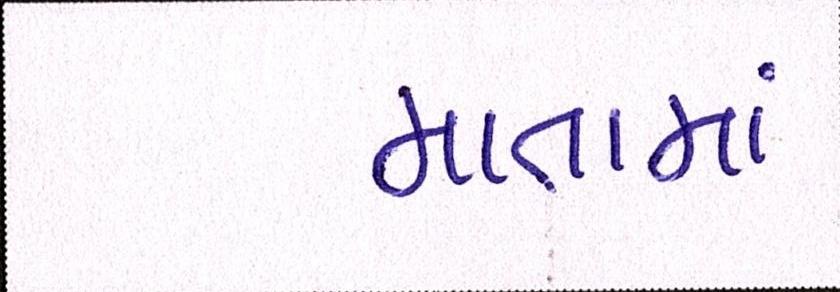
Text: માતામાં